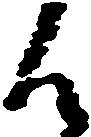
候